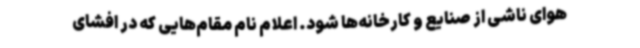
هوای ناشی از صنایع و کارخانه‌ها شود. اعلام نام مقام‌هایی که در افشای